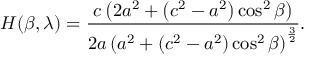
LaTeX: H ( \beta , \lambda ) = { \frac { c \left( 2 a ^ { 2 } + \left( c ^ { 2 } - a ^ { 2 } \right) \cos ^ { 2 } \beta \right) } { 2 a \left( a ^ { 2 } + \left( c ^ { 2 } - a ^ { 2 } \right) \cos ^ { 2 } \beta \right) ^ { \frac { 3 } { 2 } } } } . \,